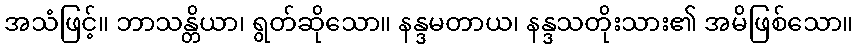
အသံဖြင့်။ ဘာသန္တိယာ၊ ရွတ်ဆိုသော။ နန္ဒမတာယ၊ နန္ဒသတိုးသား၏ အမိဖြစ်သော။